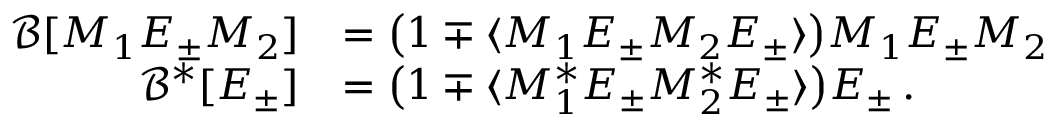
\begin{array} { r l } { \mathcal { B } [ M _ { 1 } E _ { \pm } M _ { 2 } ] } & { = \big ( 1 \mp \langle M _ { 1 } E _ { \pm } M _ { 2 } E _ { \pm } \rangle \big ) M _ { 1 } E _ { \pm } M _ { 2 } } \\ { \mathcal { B } ^ { * } [ E _ { \pm } ] } & { = \big ( 1 \mp \langle M _ { 1 } ^ { * } E _ { \pm } M _ { 2 } ^ { * } E _ { \pm } \rangle \big ) E _ { \pm } \, . } \end{array}